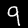
Label: 9